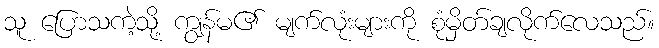
သူ ပြောသကဲ့သို့ ကျွန်မ၏ မျက်လုံးများကို စုံမှိတ်ချလိုက်လေသည်။